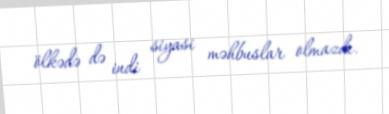
ölkədə də indi siyasi məhbuslar olmazdı.